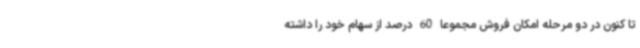
تا کنون در دو مرحله امکان فروش مجموعا 60 درصد از سهام خود را داشته